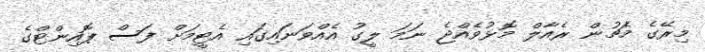
މިރޭގެ މެޗުން ރެއާލް މޮޅުވެއްޖެ ނަމަ ލީގު އެއްވަނައިގައި އެޓީމަށް ފަސް ޕޮއިންޓްގެ